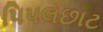
પિપલછાટ